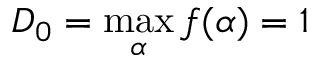
D _ { 0 } = \operatorname* { m a x } _ { \alpha } f ( \alpha ) = 1